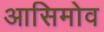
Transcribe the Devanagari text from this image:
आसिमोव